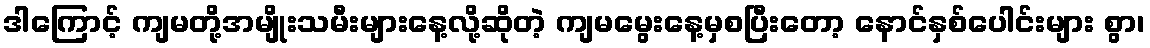
ဒါကြောင့် ကျမတို့အမျိုးသမီးများနေ့လို့ဆိုတဲ့ ကျမမွေးနေ့မှစပြီးတော့ နောင်နှစ်ပေါင်းများ စွာ၊